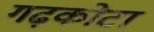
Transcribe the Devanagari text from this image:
गढ़कोटा